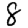
Digit: 8